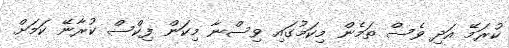
ކުރަމޭ އަދި ވެސް ތަމެން މިކަމުގައި ވިސްނާ މިކަން ފިކްސް ކުރާނޭ ކަމަށް